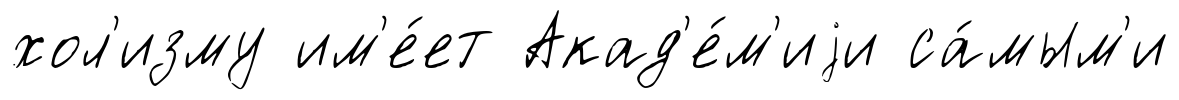
хол'изму им'е́ет Акад'е́м'иjи са́мым'и